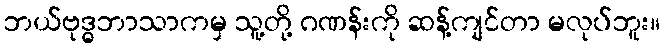
ဘယ်ဗုဒ္ဓဘာသာကမှ သူ့တို့ ဂဏန်းကို ဆန့်ကျင်တာ မလုပ်ဘူး။